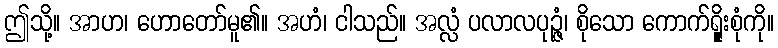
ဤသို့။ အာဟ၊ ဟောတော်မူ၏။ အဟံ၊ ငါသည်။ အလ္လံ ပလာလပုဉ္ဇံ၊ စိုသော ကောက်ရိုူးစုံကို။